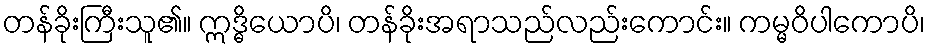
တန်ခိုးကြီးသူ၏။ ဣဒ္ဓိယောပိ၊ တန်ခိုးအရာသည်လည်းကောင်း။ ကမ္မဝိပါကောပိ၊